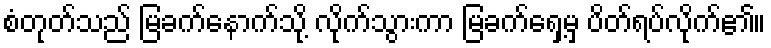
စံတုတ်သည် မြခက်နောက်သို့ လိုက်သွားကာ မြခက်ရှေ့မှ ပိတ်ရပ်လိုက်၏။